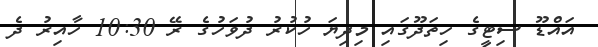
އައްޑޫ ސިޓީގެ ހިތަދޫގައި މިދިޔަ ހުކުރު ދުވަހުގެ ރޭ 10:30 ހާއިރު ދެ